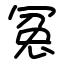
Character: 冤